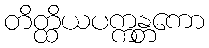
တိတ္ထိယပက္ကန္တကော